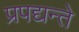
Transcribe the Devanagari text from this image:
प्रपद्यन्ते